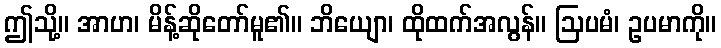
ဤသို့။ အာဟ၊ မိန့်ဆိုတော်မူ၏။ ဘိယျော၊ ထိုထက်အလွန်။ ဩပမံ၊ ဥပမာကို။